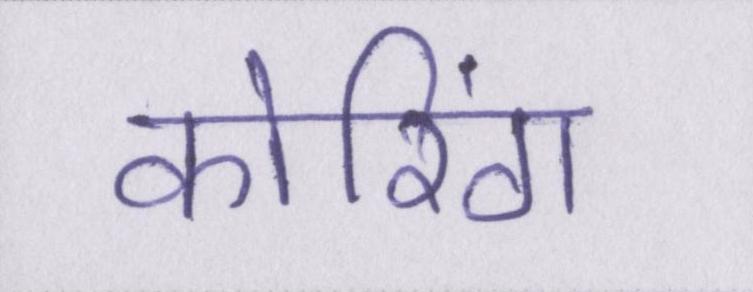
कोरिंग